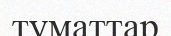
туматтар